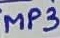
Text: MP3